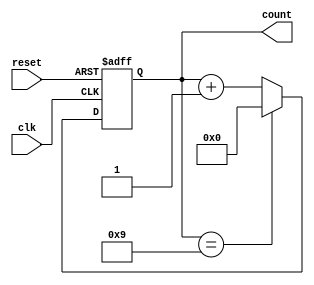
module bcd_counter (
    input wire clk,          // Clock input
    input wire reset,        // Asynchronous reset
    output reg [3:0] count   // 4-bit output for BCD count
);

// Always block triggered on the rising edge of the clock or when reset is active
always @(posedge clk or posedge reset) begin
    if (reset) begin
        count <= 4'b0000;   // Reset the count to 0
    end else begin
        if (count == 4'b1001) begin
            count <= 4'b0000; // Reset to 0 if count exceeds 9
        end else begin
            count <= count + 1; // Increment the count
        end
    end
end

endmodule